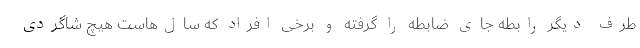
طرف دیگر رابطه جای ضابطه را گرفته و برخی افراد که سال‌هاست هیچ شاگردی